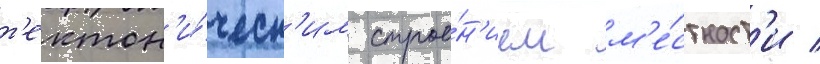
т'ектон'и́ческ'им строе́н'ием м'е́стност'и /